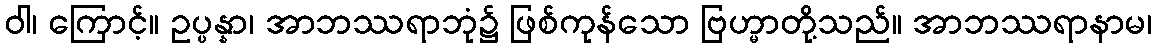
ဝါ၊ ကြောင့်။ ဥပ္ပန္နာ၊ အာဘဿရာဘုံ၌ ဖြစ်ကုန်သော ဗြဟ္မာတို့သည်။ အာဘဿရာနာမ၊